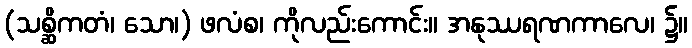
(သစ္ဆိကတံ၊ သော၊) ဖလံစ၊ ကိုလည်းကောင်း။ အနုဿရဏကာလေ၊ ၌။